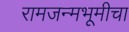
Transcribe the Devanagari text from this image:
रामजन्मभूमीचा